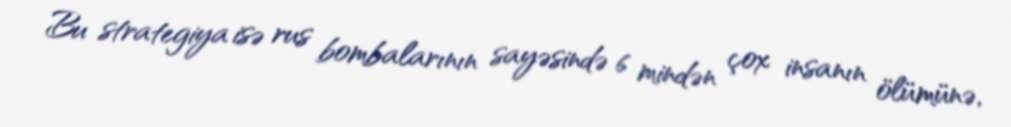
Bu strategiya isə rus bombalarının sayəsində 6 mindən çox insanın ölümünə,